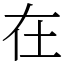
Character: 在